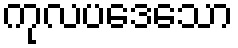
ကုလပဒေသော